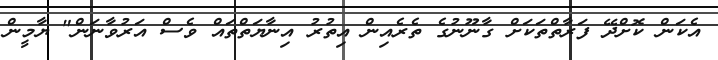
އެކަން ކޮށްދޭ ފަރާތްތަކަށް ގާނޫނުގެ ތެރެއިން އިތުރު އިނާޔަތްތައް ވެސް އަރުވާނަން" ޔާމީން